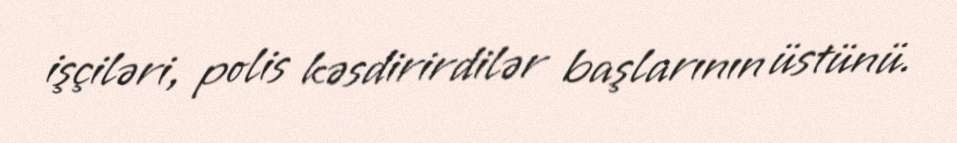
işçiləri, polis kəsdirirdilər başlarının üstünü.